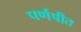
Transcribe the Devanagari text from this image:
पर्णपीत